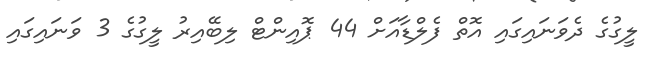
ލީގުގެ ދެވަނައިގައި އޮތް ފެލްޑާއަށް 44 ޕޮއިންޓް ލިބޭއިރު ލީގުގެ 3 ވަނައިގައި